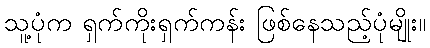
သူ့ပုံက ရှက်ကိုးရှက်ကန်း ဖြစ်နေသည့်ပုံမျိုး။